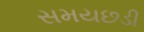
સમયછડી